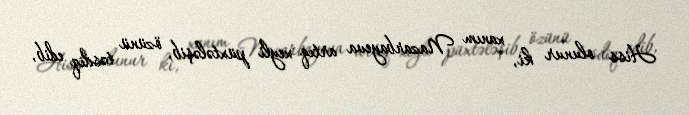
Hiss olunur ki, xanım Nazarbayeva artıq xeyli püxtələşib, özünü təsdiq edib,